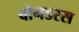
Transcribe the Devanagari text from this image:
वोनडरस